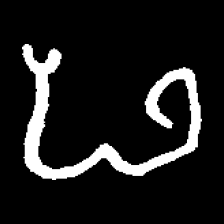
Pyu character \u2014 Myanmar letter: ဖ (romanized: pha)